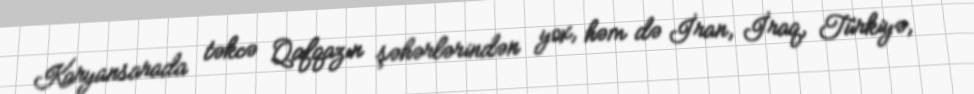
Karyansarada təkcə Qafqazın şəhərlərindən yox, həm də İran, İraq, Türkiyə,